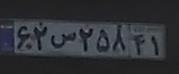
۶۲س۲۵۸۴۱